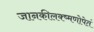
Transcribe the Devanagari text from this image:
जानकीलक्ष्मणोपेतं